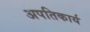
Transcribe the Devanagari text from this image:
अपतिकार्य